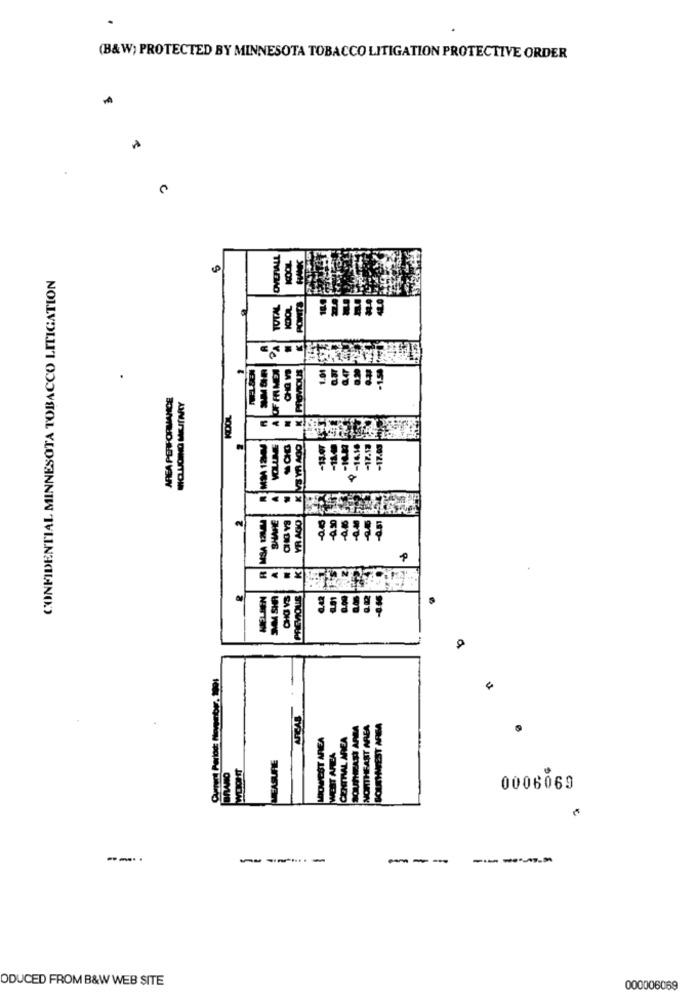
(B&W; PROTECTED BY MINNESOTA TOBACCO LITIGATION PROTECTIVE ORDER
CONFIDENTIAL MINNESOTA TOBACCO LITIGATION
TOTAL
KOOL
POINTS
PROMOUS
MM 12M
9-14.16
VR AGO
SA DIO
0006069
--..
-----
---
ODUCED FROM B&W WEB SITE
000006069